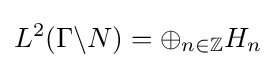
L^{2}(\Gamma \backslash N)=\oplus _{n\in \mathbb {Z} }H_{n}